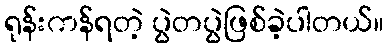
ရုန်းကန်ရတဲ့ ပွဲတပွဲဖြစ်ခဲ့ပါတယ်။